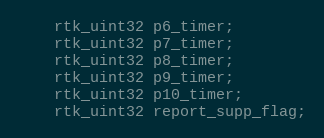
Language: C
    rtk_uint32 p6_timer;
    rtk_uint32 p7_timer;
    rtk_uint32 p8_timer;
    rtk_uint32 p9_timer;
    rtk_uint32 p10_timer;
    rtk_uint32 report_supp_flag;